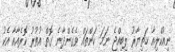
ނިއުކްލިއާ ހަތިޔާރު ލިބިއްޖެ ނަމަ ކަންތައް ވެގެންދާނެ ގޮތް އުތުރު ކޮރެއާއާ އެކު